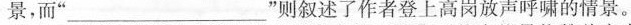
景，而”___ ”则叙述了作者登上高岗放声呼啸的情景。